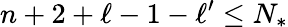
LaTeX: n+2+\ell-1-\ell^{\prime}\leq N_{*}